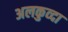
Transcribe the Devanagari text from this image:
अलकुव्दा